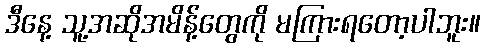
ဒီနေ့ သူ့အဆိုအမိန့်တွေကို မကြားရတော့ပါဘူး။